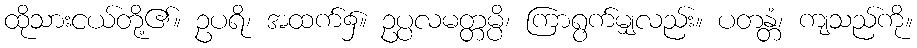
ထိုသားငယ်တို့၏။ ဥပရိ၊ အထက်၌။ ဥပ္ပလမတ္တမ္ပိ၊ ကြာရွက်မျှလည်း။ ပတန္တံ၊ ကျသည်ကို။